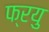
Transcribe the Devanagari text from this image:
फ्रयु